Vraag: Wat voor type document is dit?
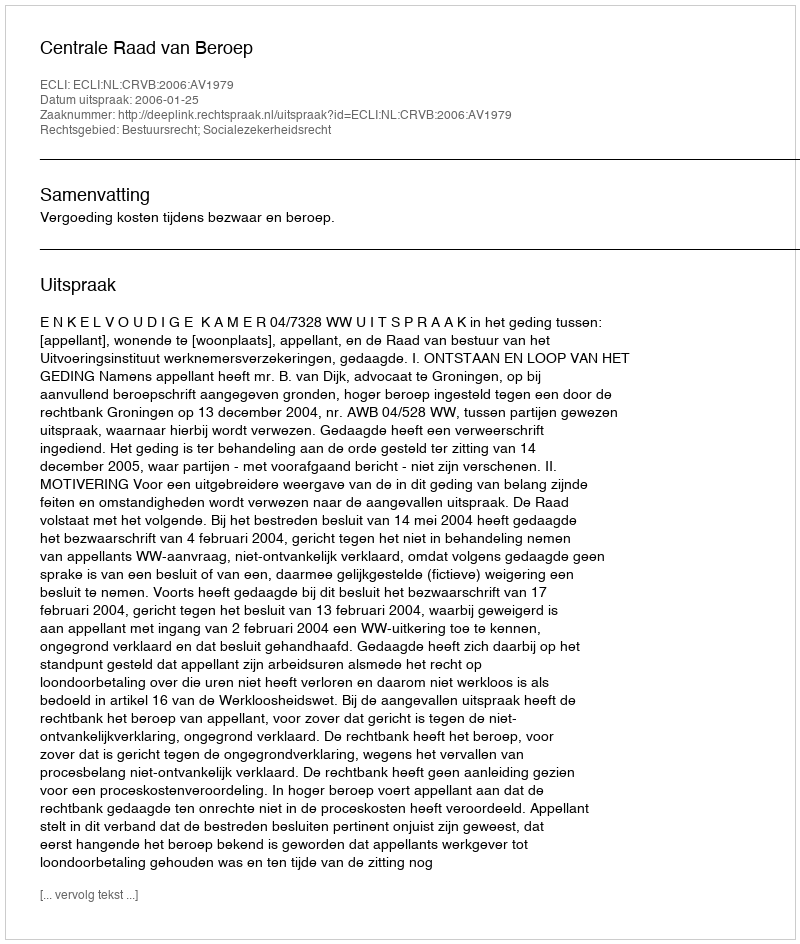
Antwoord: Uitspraak